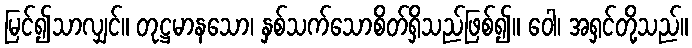
မြင်၍သာလျှင်။ တုဋ္ဌမာနသော၊ နှစ်သက်သောစိတ်ရှိသည်ဖြစ်၍။ ဝေါ၊ အရှင်တို့သည်။